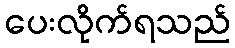
ပေးလိုက်ရသည်